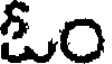
ఓం